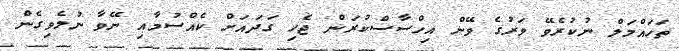
ތަހައްމަލް ނުކުރެވޭ ވަރުގެ ވޭން އިހްސާސްކުރަން ޖެހި ގަދައަށް ކެއްސުމާއި ނޭވާ ނުލެވިގެން